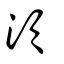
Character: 湏